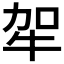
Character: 𤙄